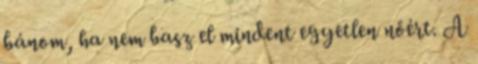
bánom, ha nem basz el mindent egyetlen nőért. A